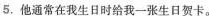
5.他通常在我生日时给我—张生日贺卡。